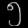
Digit: ၅